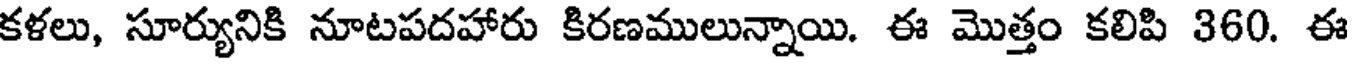
కళలు, సూర్యునికి నూటపదహారు కిరణములున్నాయి. ఈ మొత్తం కలిపి 360. ఈ